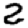
Digit: 2